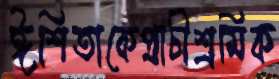
ঈশিতাকেপ্রাচীশ্রমিক